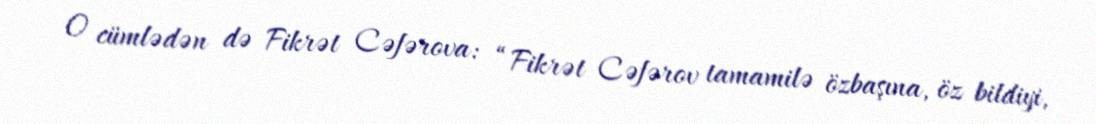
O cümlədən də Fikrət Cəfərova: “Fikrət Cəfərov tamamilə özbaşına, öz bildiyi,